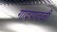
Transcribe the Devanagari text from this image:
गावपातळी